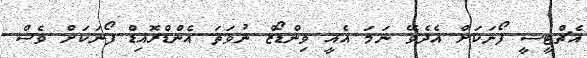
އެޗްޓީސީ ފޯނަކަށް އެދެވޭ ނަމަ އެއީ ވިންޑޯޒް ނުވަތަ އެންޑްރޮއިޑް ފޯނަކަށް ވެސް